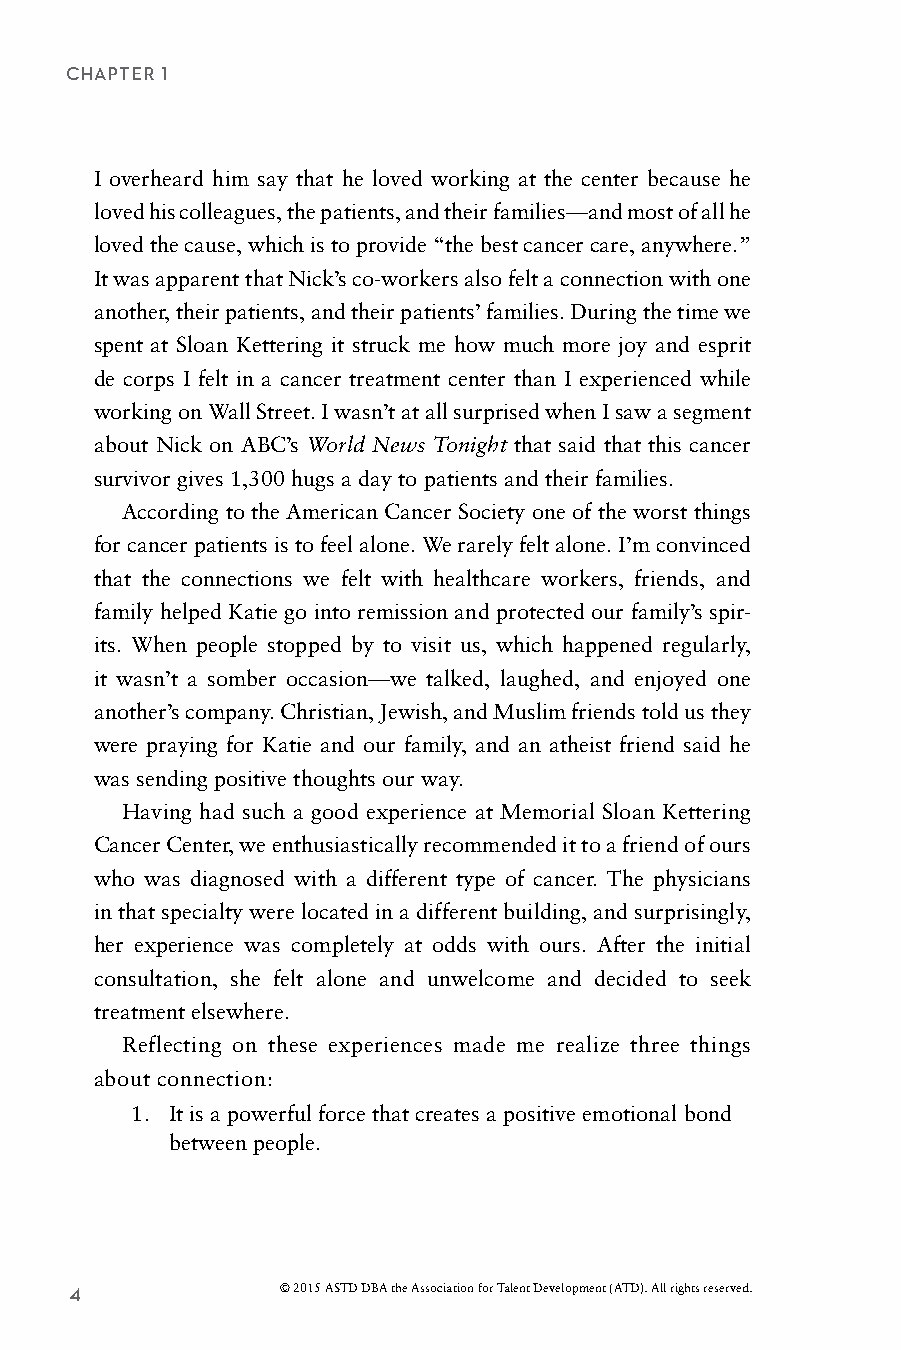
CHAPTER 1
 I overheard him say that he loved working at the center because he
 loved his colleagues, the patients, and their families—and most of all he
 loved the cause, which is to provide “the best cancer care, anywhere.”
 It was apparent that Nick’s co-workers also felt a connection with one
 another, their patients, and their patients’ families. During the time we
 spent at Sloan Kettering it struck me how much more joy and esprit
 de corps I felt in a cancer treatment center than I experienced while
 working on Wall Street. I wasn’t at all surprised when I saw a segment
 about Nick on ABC’s World News Tonight that said that this cancer
 survivor gives 1,300 hugs a day to patients and their families.
 According to the American Cancer Society one of the worst things
 for cancer patients is to feel alone. We rarely felt alone. I’m convinced
 that the connections we felt with healthcare workers, friends, and
 family helped Katie go into remission and protected our family’s spir-
 its. When people stopped by to visit us, which happened regularly,
 it wasn’t a somber occasion—we talked, laughed, and enjoyed one
 another’s company. Christian, Jewish, and Muslim friends told us they
 were praying for Katie and our family, and an atheist friend said he
 was sending positive thoughts our way.
 Having had such a good experience at Memorial Sloan Kettering
 Cancer Center, we enthusiastically recommended it to a friend of ours
 who was diagnosed with a different type of cancer. The physicians
 in that specialty were located in a different building, and surprisingly,
 her experience was completely at odds with ours. After the initial
 consultation, she felt alone and unwelcome and decided to seek
 treatment elsewhere.
 Reflecting on these experiences made me realize three things
 about connection:
 1. It is a powerful force that creates a positive emotional bond
 between people.
 4             © 2015 ASTD DBA the Association for Talent Development (ATD). All rights reserved.